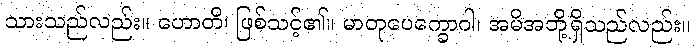
သားသည်လည်း။ ဟောတိ၊ ဖြစ်သင့်၏။ မာတုပေက္ခောဝါ၊ အမိအဘို့ရှိသည်လည်း။